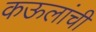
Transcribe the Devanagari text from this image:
कऊलांची